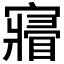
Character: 𡫔